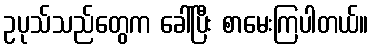
ဥပုသ်သည်တွေက ခေါ်ပြီး စာမေးကြပါတယ်။